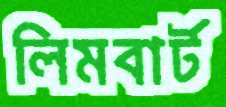
লিমবার্ট